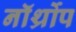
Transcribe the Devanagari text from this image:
नॉर्थ्रोप